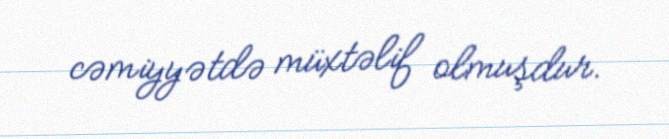
cəmiyyətdə müxtəlif olmuşdur.